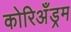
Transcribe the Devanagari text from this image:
कोरिअँड्रम